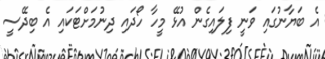
އެ ބަޔާނުގައި ވަނީ ފިލައިގެން އުޅޭ މީހާ ހޯދައި ދިނުމަށްޓަކައި އެ ބިދޭސީ